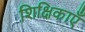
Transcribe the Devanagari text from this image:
शिक्षिकाएँ